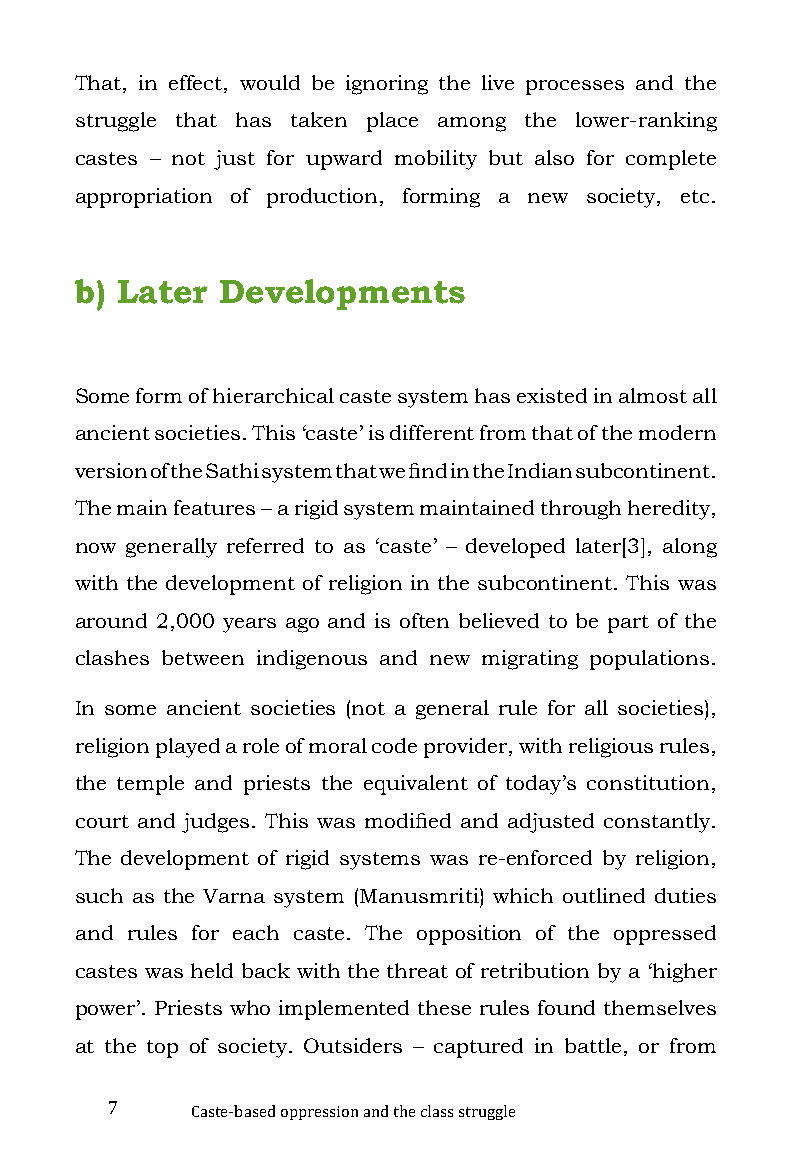
That, in effect, would be ignoring the live processes and the
 struggle that has taken place among the lower-ranking
 castes – not just for upward mobility but also for complete
 appropriation of production, forming a new society, etc.
 b) Later Developments
 Some form of hierarchical caste system has existed in almost all
 ancient societies. This ‘caste’ is different from that of the modern
 version of the Sathi system that we find in the Indian subcontinent.
 The main features – a rigid system maintained through heredity,
 now generally referred to as ‘caste’ – developed later[3], along
 with the development of religion in the subcontinent. This was
 around 2,000 years ago and is often believed to be part of the
 clashes between indigenous and new migrating populations.
 In some ancient societies (not a general rule for all societies),
 religion played a role of moral code provider, with religious rules,
 the temple and priests the equivalent of today’s constitution,
 court and judges. This was modified and adjusted constantly.
 The development of rigid systems was re-enforced by religion,
 such as the Varna system (Manusmriti) which outlined duties
 and rules for each caste. The opposition of the oppressed
 castes was held back with the threat of retribution by a ‘higher
 power’. Priests who implemented these rules found themselves
 at the top of society. Outsiders – captured in battle, or from
 7
 Caste-based oppression and the class struggle